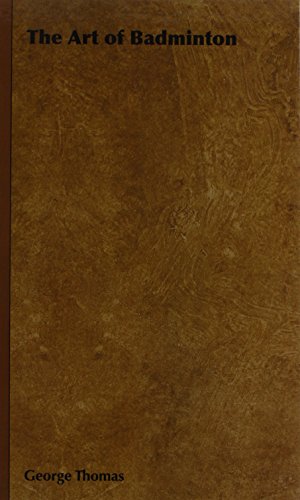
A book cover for The Art of Badminton; George Thomas; Sports & Outdoors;